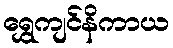
ရွှေကျင်နိကာယ